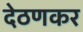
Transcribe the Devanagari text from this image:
देठणकर